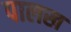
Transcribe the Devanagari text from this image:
पालख